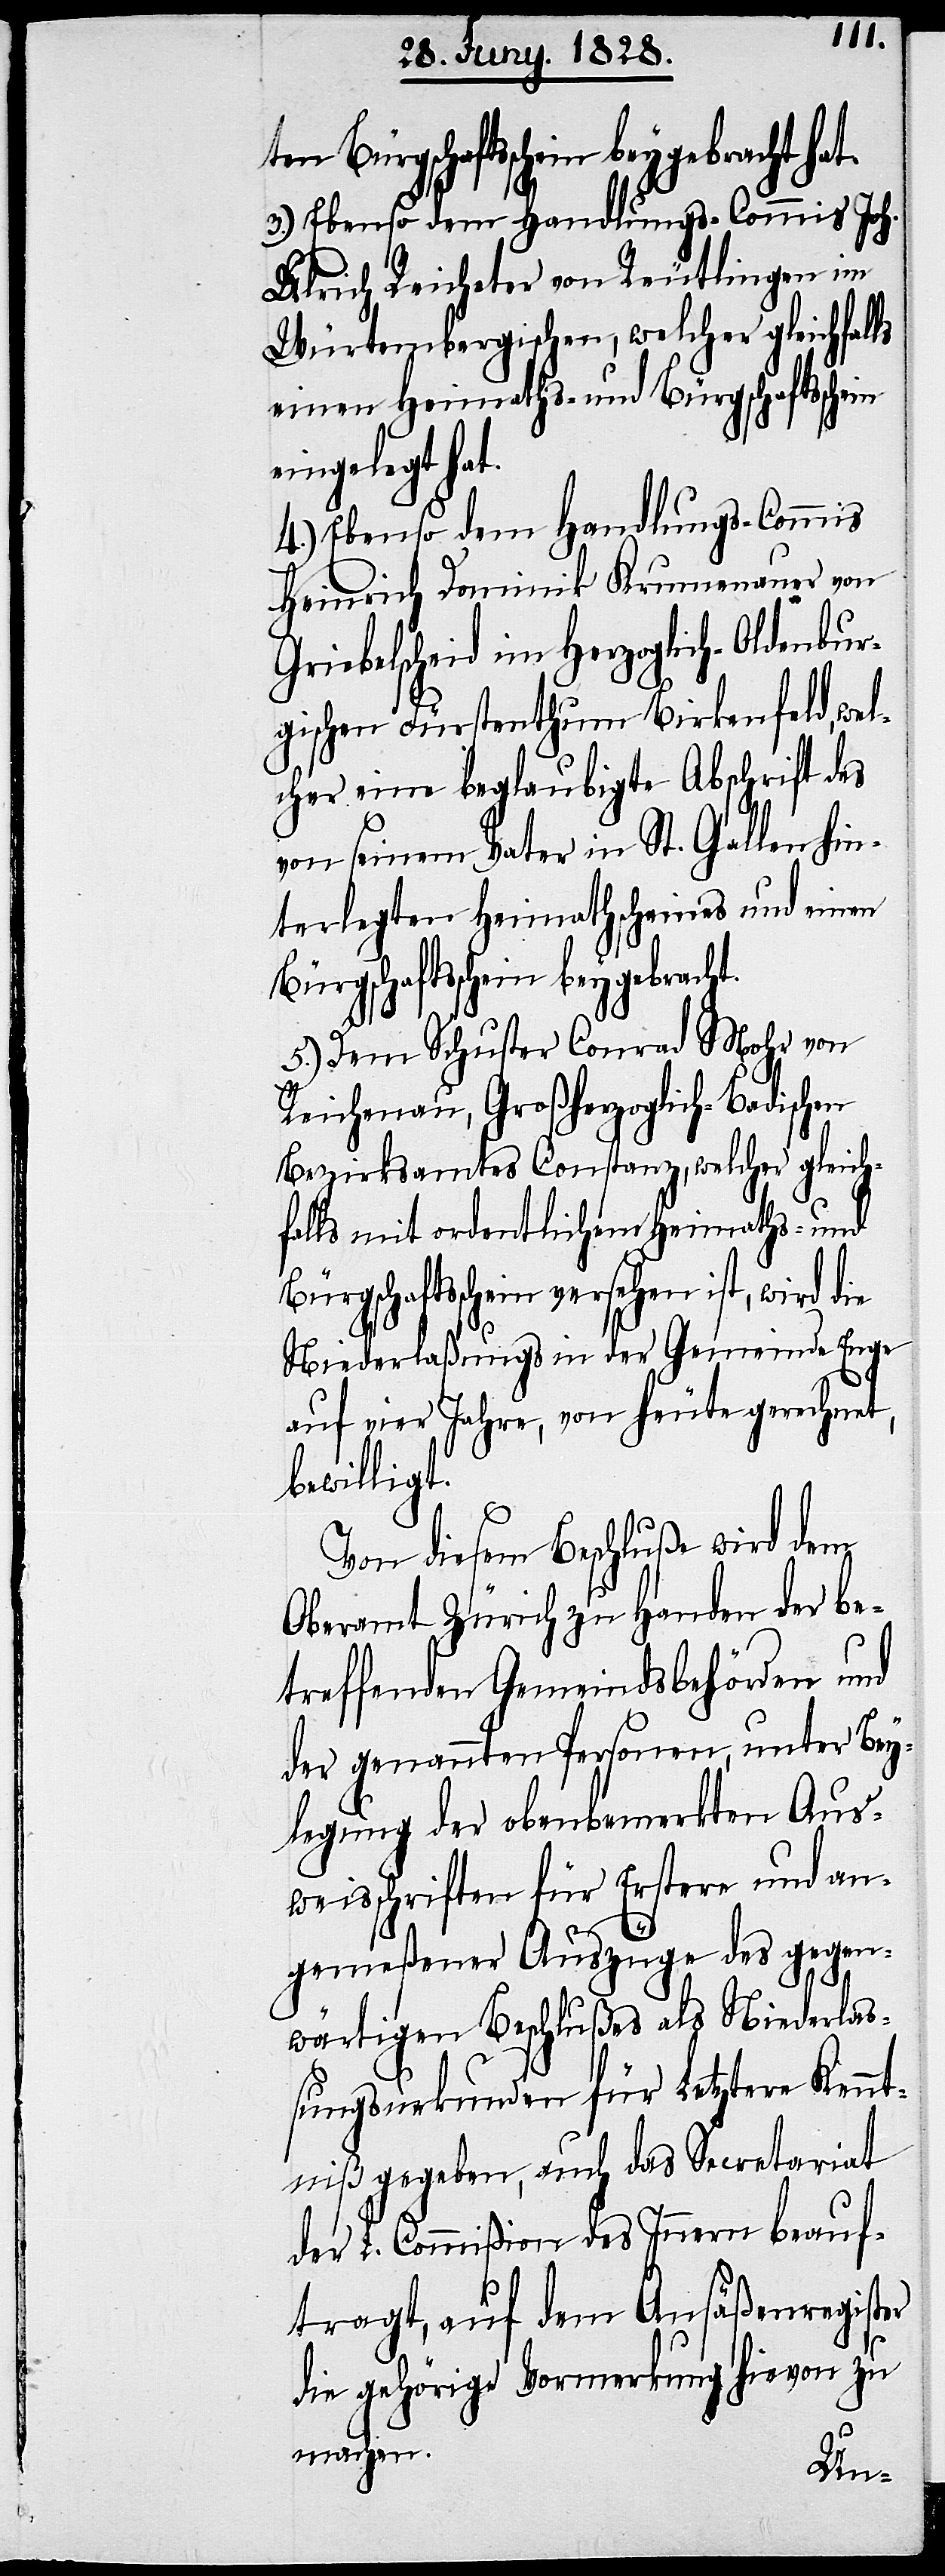
3.) Ebenso dem Handlungs-Commis Joh.
Ulrich Reicheter von Reutlingen im
Würtembergischen, welcher gleichfalls
einen Heimaths- und Bürgschaftsschein
eingelegt hat.
4.) Ebenso dem Handlungs-Commis
Heinrich Dominik Krumenauer von
Griebelscheid im Herzoglich-Oldenbur¬
gischen Früstenthum Birkenfeld, wel¬
cher eine beglaubigte Abschrift des
von seinem Vater in St. Gallen hin¬
terlegten Heimathscheines und einen
Bürgschaftsschein beygebracht.
5.) Dem Schuster Conrad Mohr von
Reichenau, Großherzoglich-Badischen
Bezirksamtes Constanz, welcher gleich¬
falls mit ordentlichem Heimaths- und
Bürgschaftsschein versehen ist, wird die
Niederlaßungs [sic!] in der Gemeinde Enge
auf vier Jahre, von heute gerechnet,
bewilligt.
Von diesem Beschluße wird dem
Oberamt Zürich zu Handen der be¬
treffenden Gemeindsbehörden und
der genannten Personen, unter Bey¬
legung der obenbemerkten Aus¬
weisschriften für Erstere und an¬
hat.
gemeßener Auszüge des gegen¬
wärtigen Beschlußes als Niederlaß¬
ungsurkunde für Letztere Kennt¬
niß gegeben, auch das Secretariat
der L. Commißion des Innern beauf¬
tragt, auf dem Ansäßenregister
die gehörige Vormerkung hievon zu
machen.